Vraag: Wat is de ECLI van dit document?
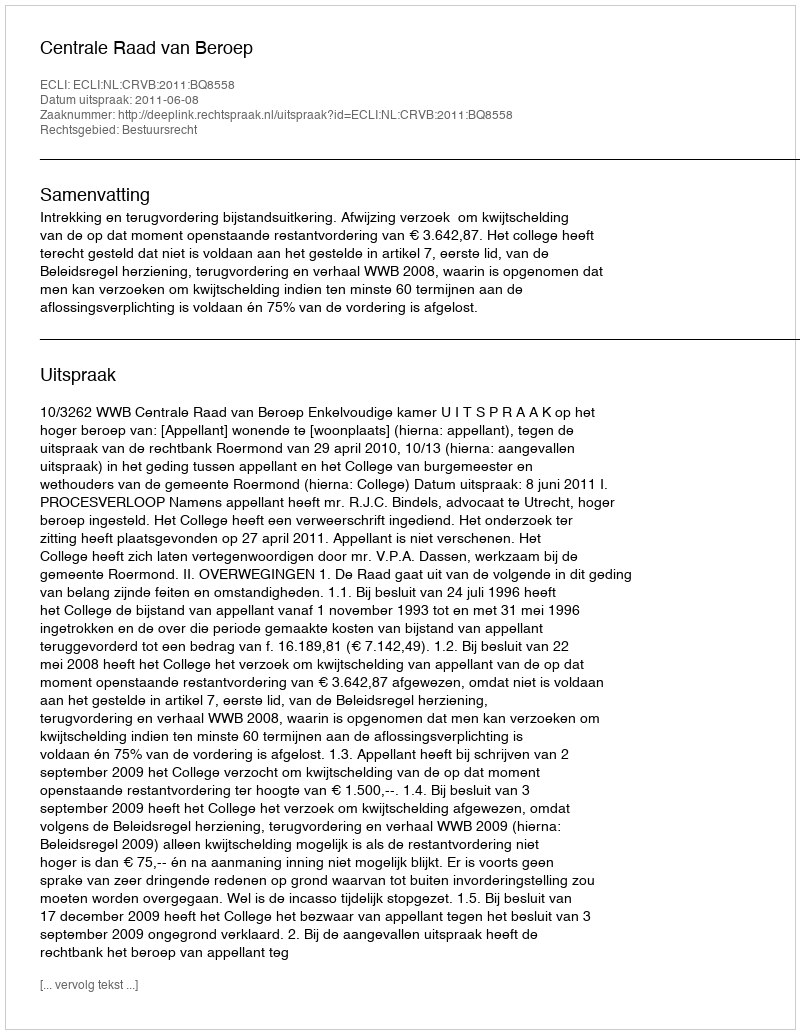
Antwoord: ECLI:NL:CRVB:2011:BQ8558